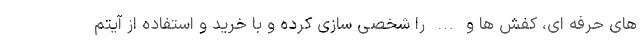
های حرفه ای، کفش ها و … را شخصی سازی کرده و با خرید و استفاده از آیتم